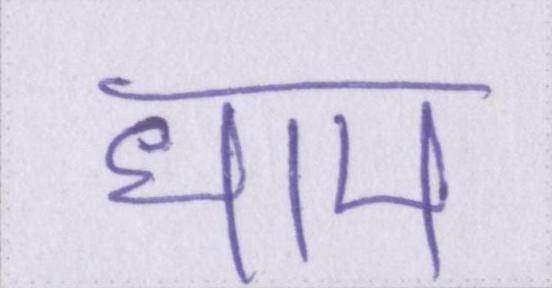
धाम